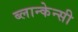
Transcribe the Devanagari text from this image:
ब्लान्केन्सी